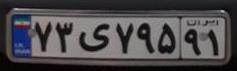
۷۳ی۷۹۵۹۱